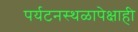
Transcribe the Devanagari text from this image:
पर्यटनस्थळापेक्षाही